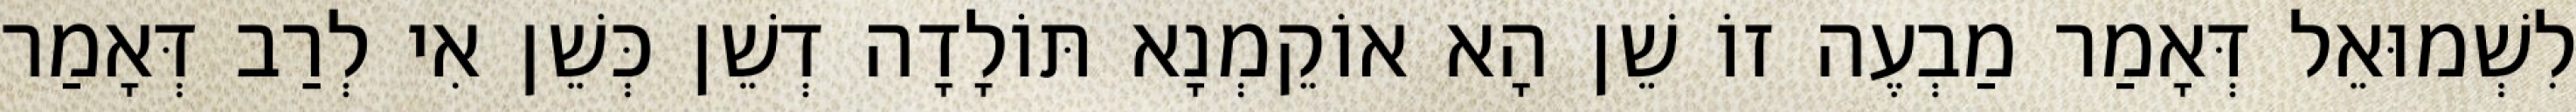
לִשְׁמוּאֵל דְּאָמַר מַבְעֶה זוֹ שֵׁן הָא אוֹקֵמְנָא תּוֹלָדָה דְשֵׁן כְּשֵׁן אִי לְרַב דְּאָמַר